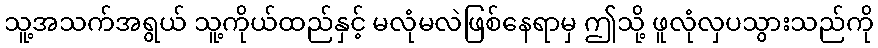
သူ့အသက်အရွယ် သူ့ကိုယ်ထည်နှင့် မလုံမလဲဖြစ်နေရာမှ ဤသို့ ဖူလုံလှပသွားသည်ကို